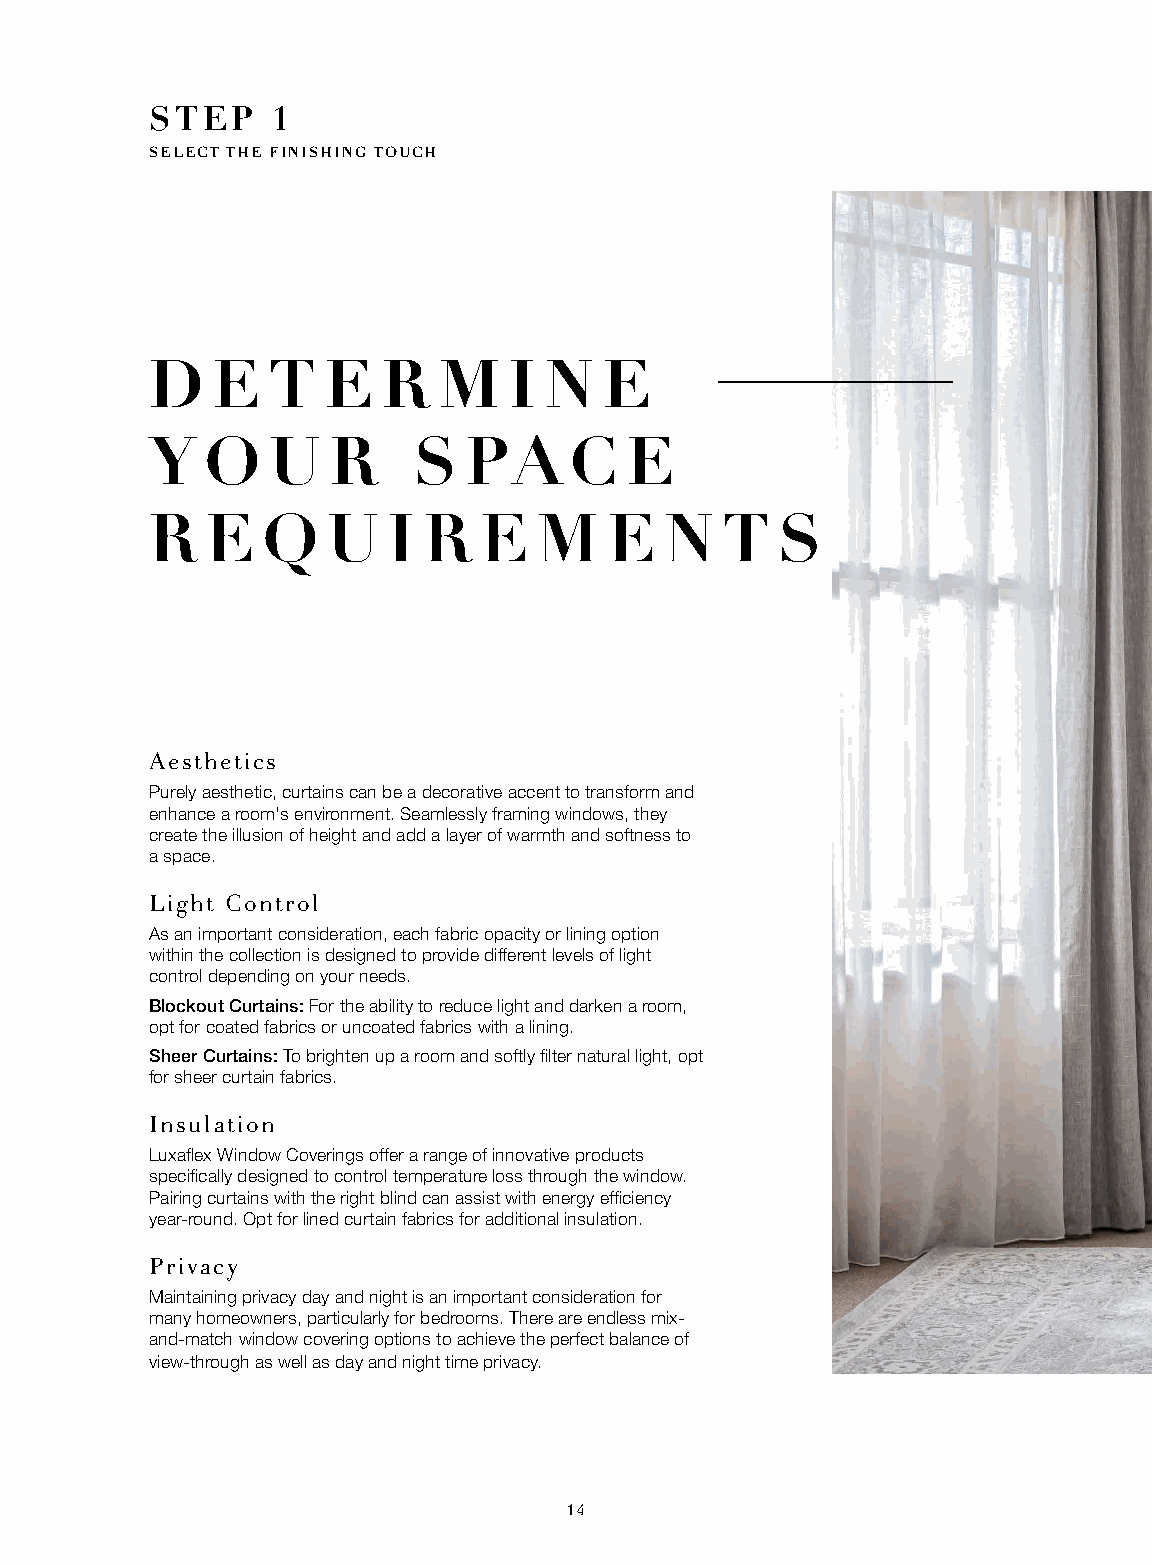
STEP    1
 SELECT THE FINISHING TOUCH
 D   E   T  E   R   M    I N   E
 Y   O   U   R    S   PA     C  E
 R   E  Q    U   I R   E   M   E   N   T  S
 Aesthetics
 Purely aesthetic, curtains can be a decorative accent to transform and
 enhance a room's environment. Seamlessly framing windows, they
 create the illusion of height and add a layer of warmth and softness to
 a space.
 Light Control
 As an important consideration, each fabric opacity or lining option
 within the collection is designed to provide different levels of light
 control depending on your needs.
 Blockout Curtains: For the ability to reduce light and darken a room,
 opt for coated fabrics or uncoated fabrics with a lining.
 Sheer Curtains: To brighten up a room and softly filter natural light, opt
 for sheer curtain fabrics.
 Insulation
 Luxaflex Window Coverings offer a range of innovative products
 specifically designed to control temperature loss through the window.
 Pairing curtains with the right blind can assist with energy efficiency
 year-round. Opt for lined curtain fabrics for additional insulation.
 Privacy
 Maintaining privacy day and night is an important consideration for
 many homeowners, particularly for bedrooms. There are endless mix-
 and-match window covering options to achieve the perfect balance of
 view-through as well as day and night time privacy.
 14